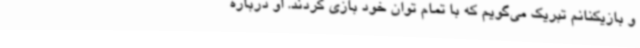
و بازیکنانم تبریک می‌گویم که با تمام توان خود بازی کردند. او درباره